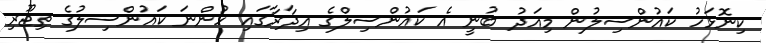
ކިނޮޅަހު ކައުންސިލުން މިއަދު ބުނީ އެ ކައުންސިލްގެ އިދާރާގައި ހުންނަ ކައުންސިލުގެ ތިޖޫރި